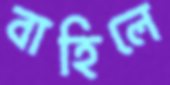
বাহিলে